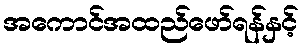
အကောင်အထည်ဖော်ရန်နှင့်